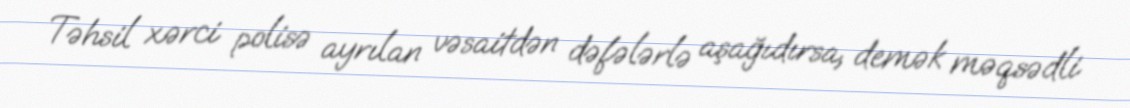
Təhsil xərci polisə ayrılan vəsaitdən dəfələrlə aşağıdırsa, demək məqsədli